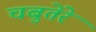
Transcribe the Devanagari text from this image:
चबुतेरे